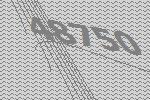
48750